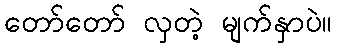
တော်တော် လှတဲ့ မျက်နှာပဲ။